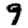
Digit: 9